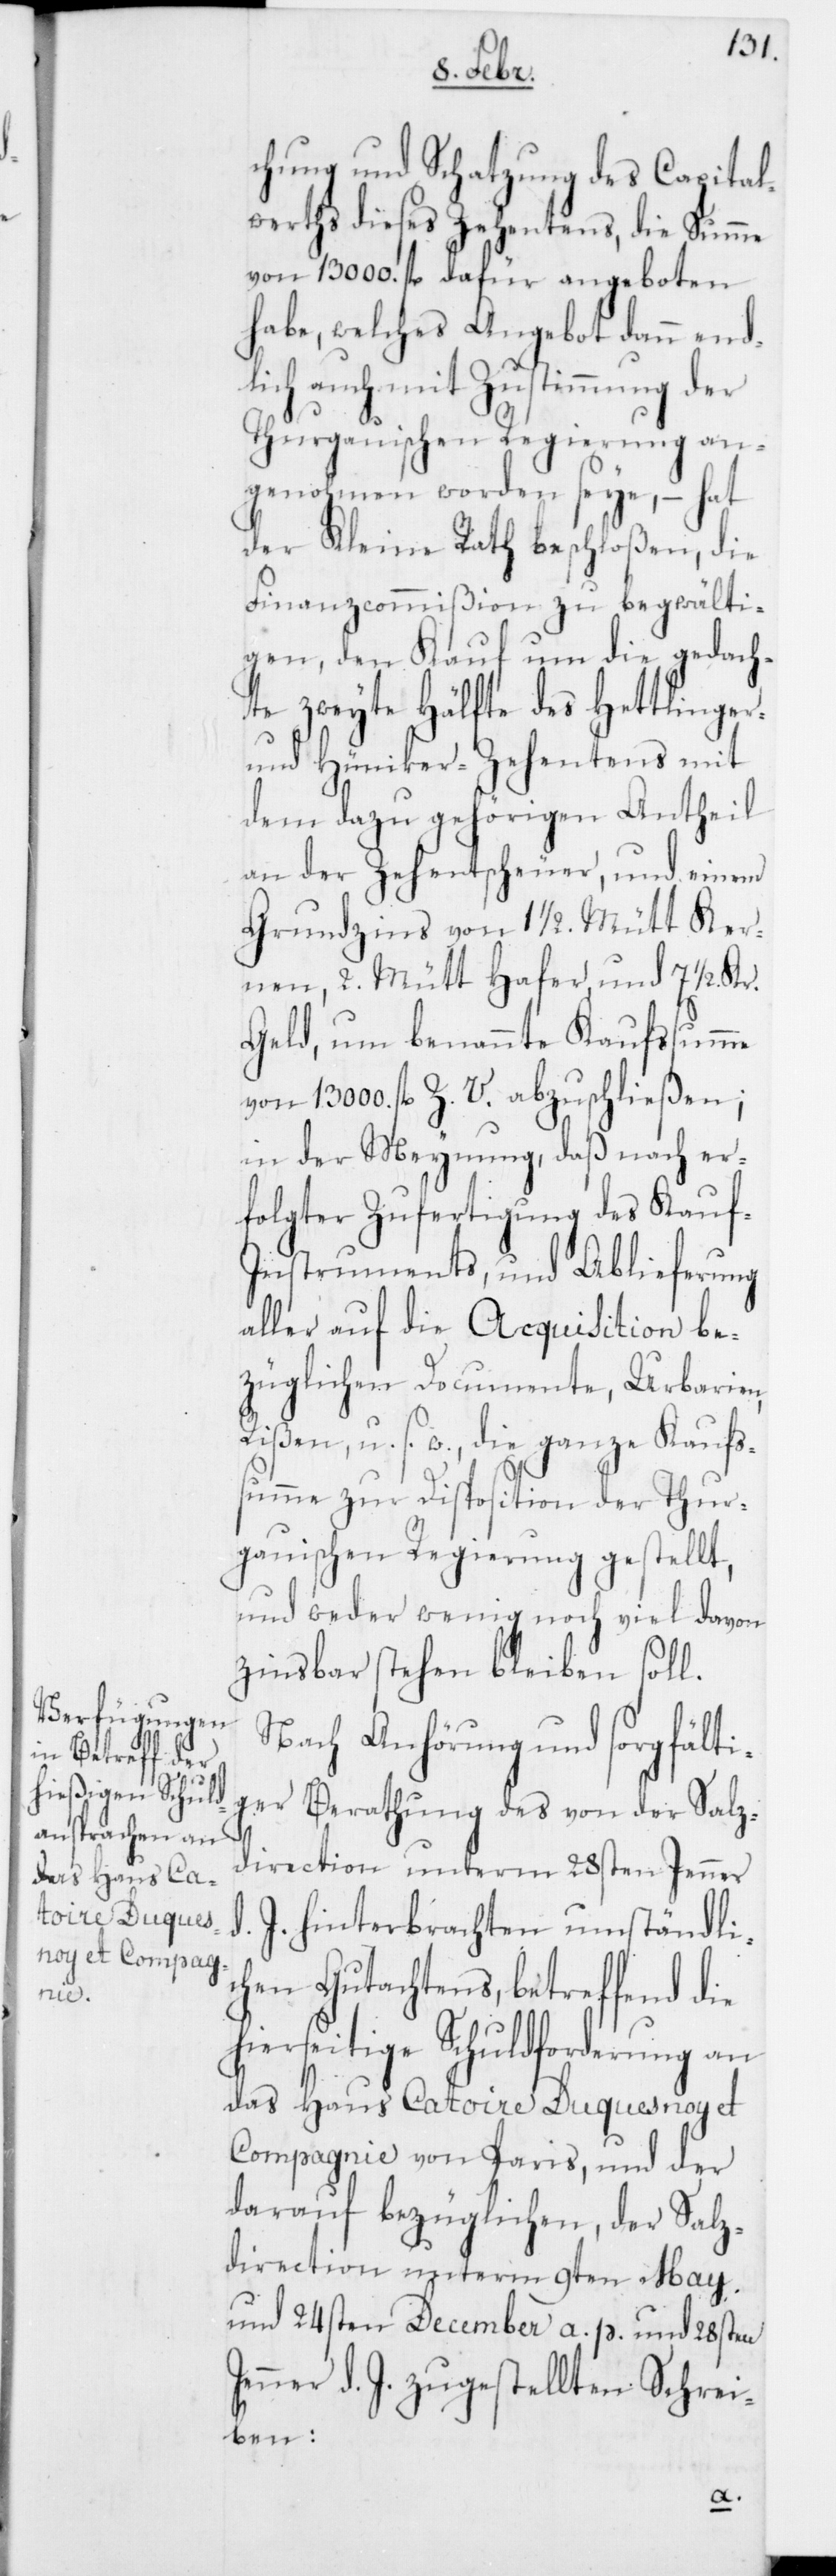
chung und Schatzung des Capital¬
werths dieses Zehentens, die Summe
von 13000 fl. dafür angeboten
habe, welches Angebot dann end¬
lich auch mit Zustimmung der
Thurgauischen Regierung an¬
genohmen worden seye, – hat
der Kleine Rath beschloßen, die
Finanzcommißion zu begwälti¬
gen, den Kauf um die gedach¬
te zweyte Hälfte des Hettlinger-
und Hüniker-Zehentens mit
dem dazu gehörigen Antheil
an der Zehentscheuer, und einem
Grundzins von 1 1/2. Mütt Ker¬
nen, 2. Mütt Hafer und 7 1/2. Kr.
Geld, um benannte Kaufssumme
von 13000. fl. Z. V. abzuschließen;
in der Meynung, daß nach er¬
folgter Zufertigung des Kauf¬
s-Instruments, und Ablieferung
aller auf die Acquisition be¬
züglichen Documente, Urbarien,
Rißen u. s. w., die ganze Kaufs¬
summe zur Disposition der Thur¬
gauischen Regierung gestellt,
und weder wenig noch viel davon
zinsbar stehen bleiben soll.
Nach Anhörung und sorgfälti¬
ger Berathung des von der Salz¬
d.
direction unterm 28sten Jenner
J. hinterbrachten umständli¬
chen Gutachtens, betreffend die
hierseitige Schuldforderung an
das Haus Catoire Duquesnoy et
Compagnie von Paris, und der
darauf bezüglichen, der Salz¬
direction unterm 9ten May
und 24sten December a. p. und 28sten
Jenner d. J. zugestellten Schrei¬
ben: